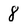
Character: 8